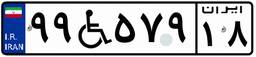
۸۱W۱۰۶۷۳